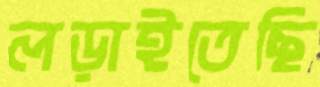
লড়াইতেছি